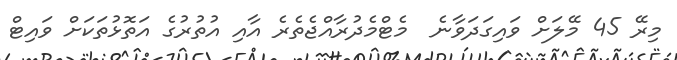
މިރޭ 45 މޭލަށް ވައިގަދަވާނެ  މެޓްމެދުރާއްޖެތެރެ އާއި އުތުރުގެ އަތޮޅުތަކަށް ވައިޓް